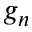
g _ { n }